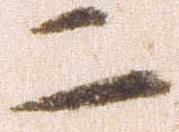
二